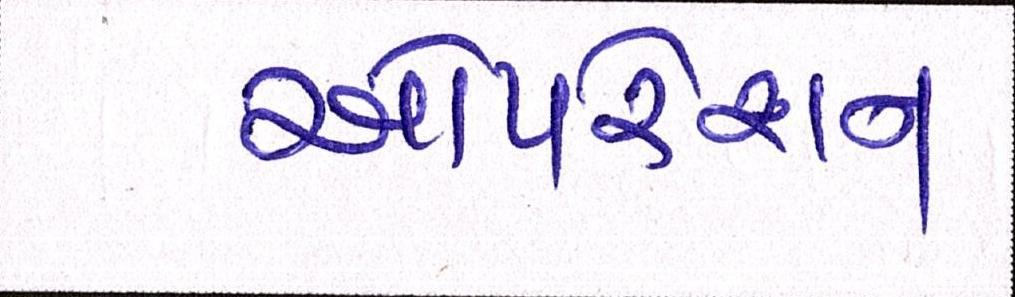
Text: ઓપરશન